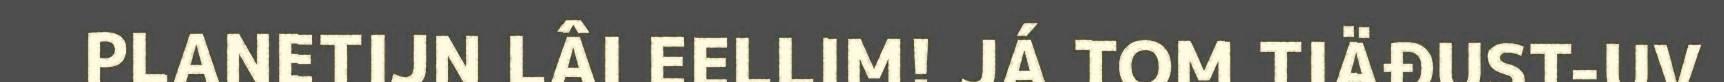
PLANETIJN LÂI EELLIM! JÁ TOM TIÄĐUST-UV